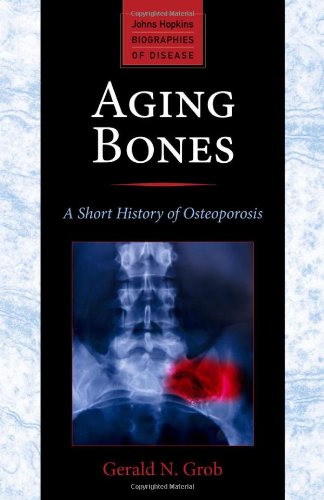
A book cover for Aging Bones: A Short History of Osteoporosis (Johns Hopkins Biographies of Disease); Gerald N. Grob; Health, Fitness & Dieting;